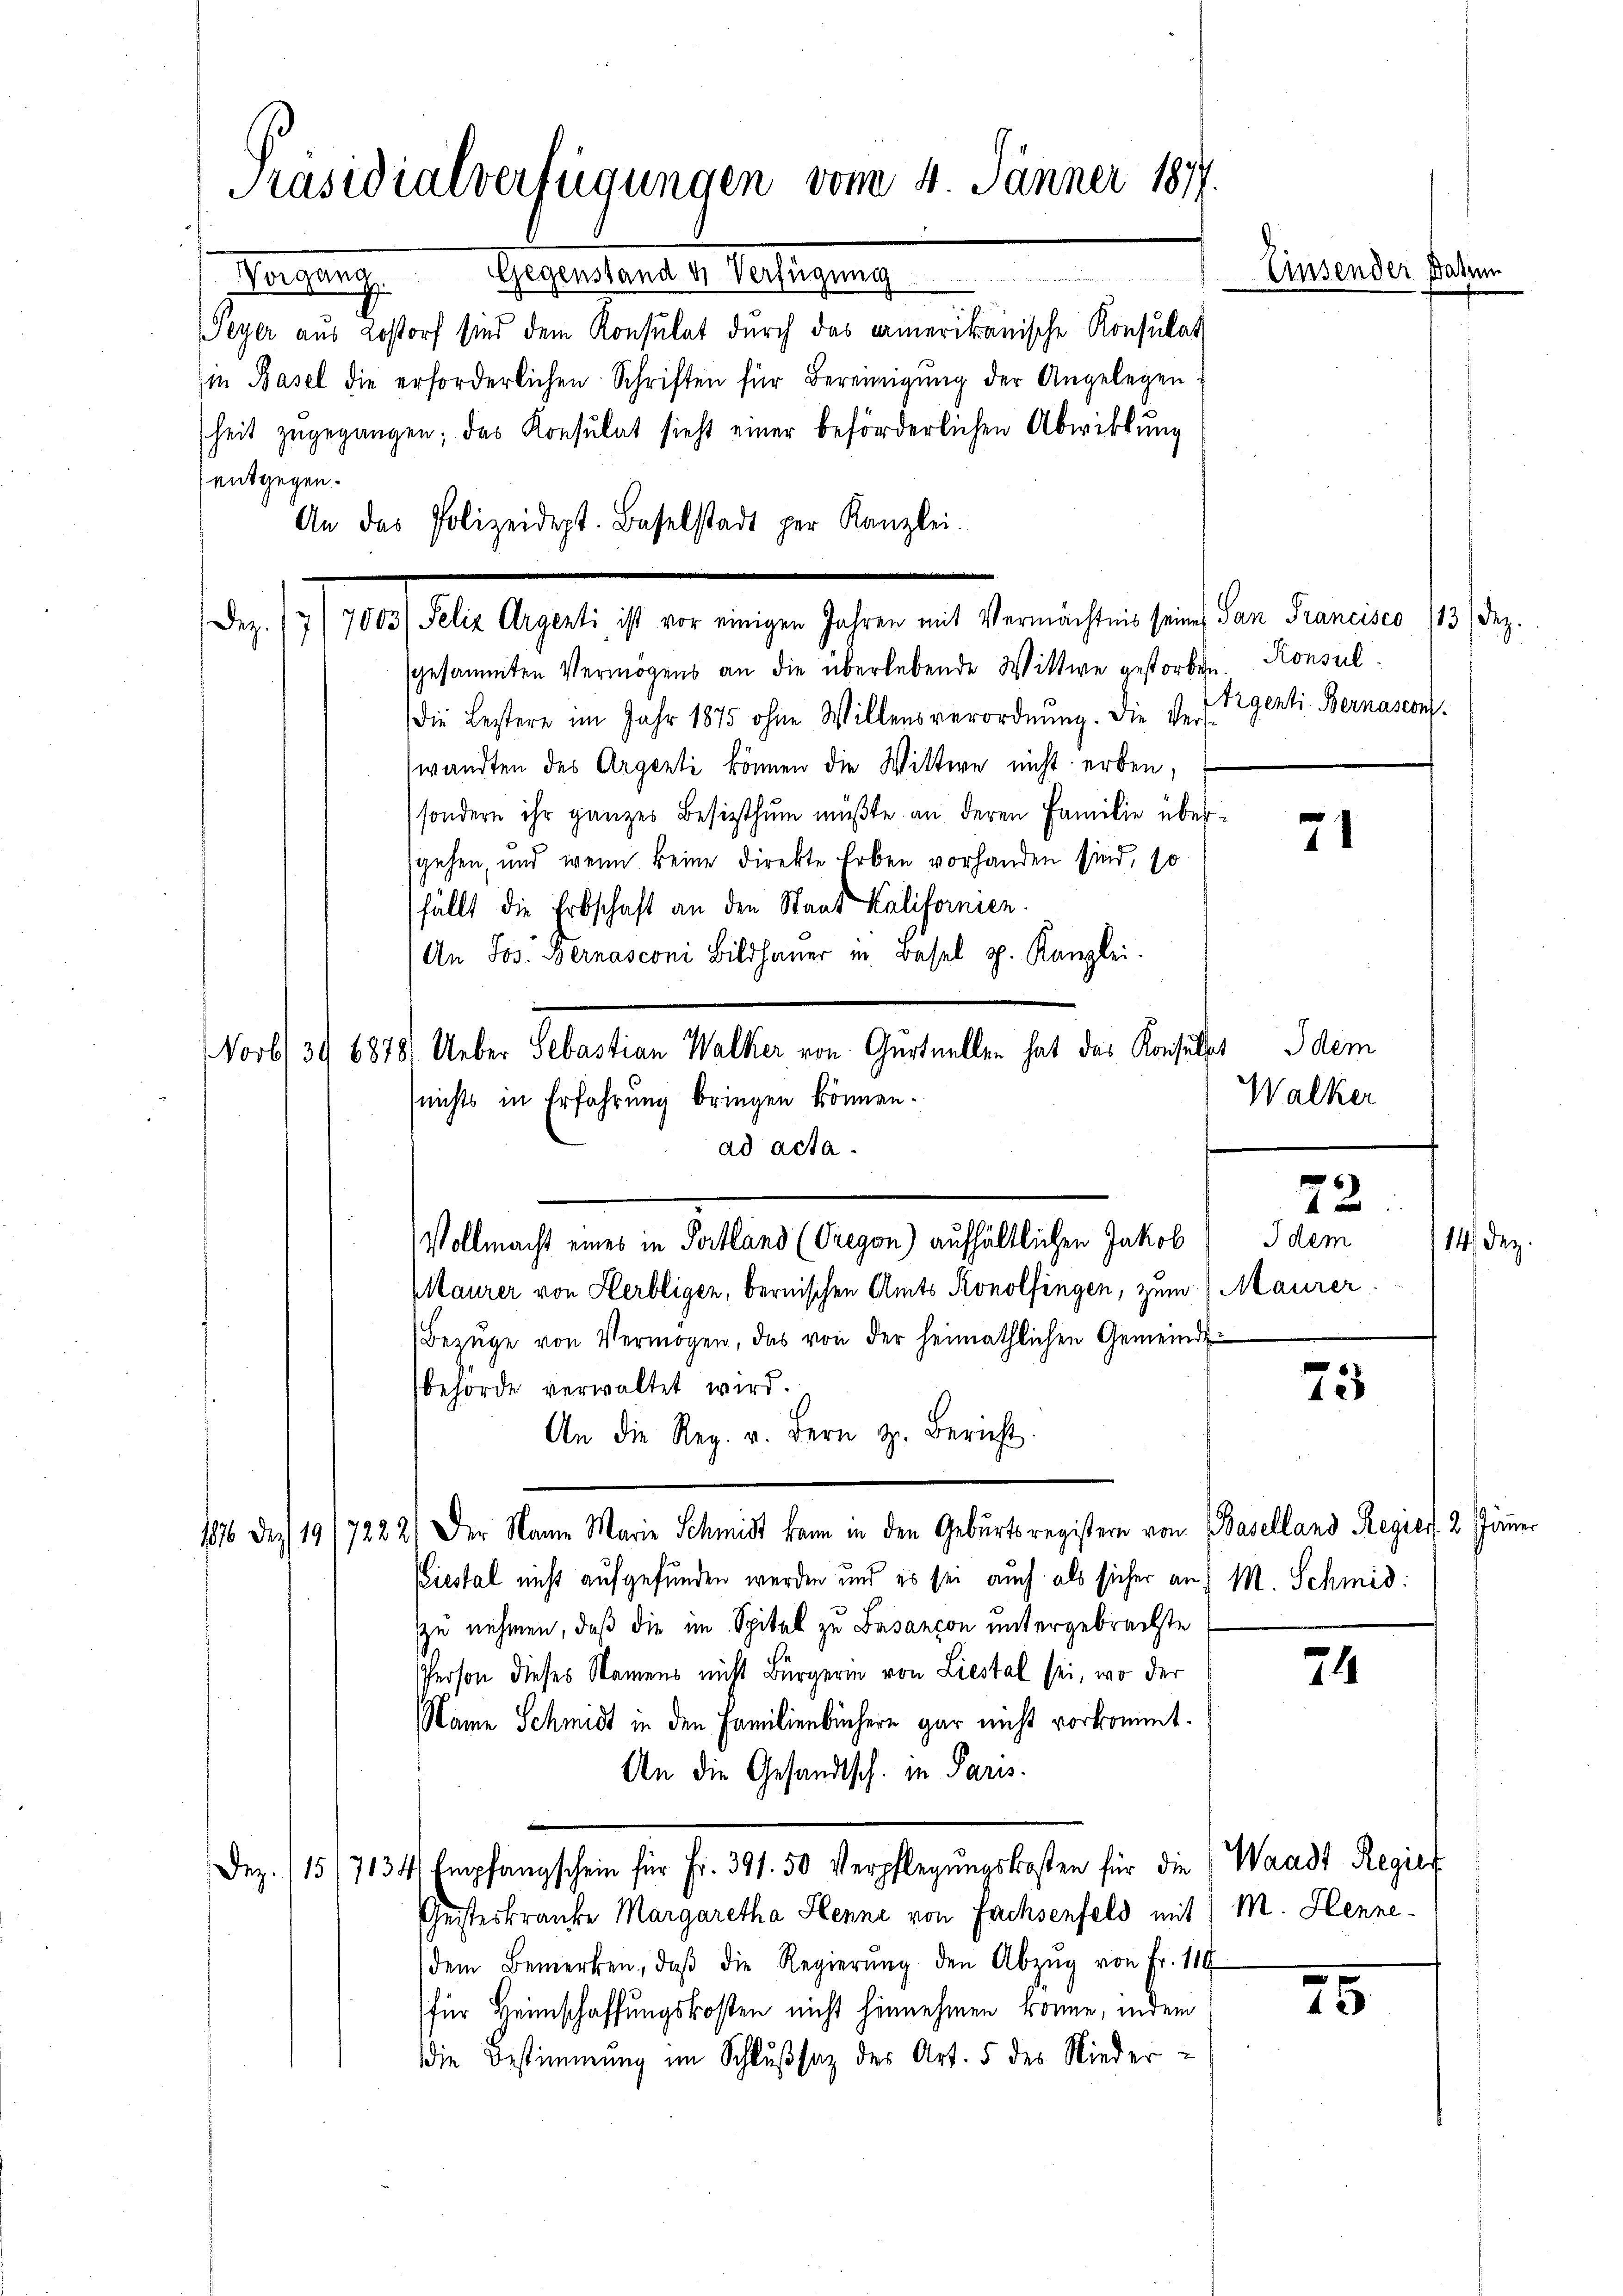
Präsidialverfügungen vom 4. Jänner 1877.
Einsender
Vorgang. Gegenstand u. Verfügung
Peyer aus Lostorf sind dem Konsulat durch das amerikanische Konsulat
in Basel die erforderlichen Schriften für Bereinigŭng der Angelegen:
heit zugegangen; das Konsulat sieht einer beförderlichen Abwirkung
entgegen.

Dez.
sgesammten Vermögens an die überlebende Wittwe gestorben.
die Bestere im Jahr 1875 ohne Willensverordnŭng. Die Verwandten des Argenti können die Wittwe nicht erben,
sondern ihr ganzes Besizthum müßte an deren Familie übersgehen, und wenn keine Direkte Erben vorhanden sind, so
fällt die Erbschaft an den Staat Kalifornien.
An Jos. Bernasconi Bildhaŭer in Basel pp. Kanzlei.
nichts in Erfahrung bringen können.
ad acta.
Vollmacht eines in Portland (Gregon) aufhältlichen Jakob dem
Maurer von Herbligen, bernischen Amts Konolfingen, zum Maurer.
Bezüge von Vermögen, das von der heimathlichen Gemeinde-
behörde verwaltet wird.
75
An die Reg. v. Bern d. Bericht.
1876 des 19/7222) Der Name Marie Schmidt kann in den Geburtsregistern von Baselland Regies. 2. Jänner
Liestal nicht aufgefunden werden und es sei auch als sicher an M. Schmid:
zu nehmen, daß die im Spital zu Basancon untergebrachte
Person dieses Namens nicht Bürgerin von Liestal sei, wo der
74
Name Schmidt in den Familienbüchern gar nicht vorkommt.
An die Gesandtsch. in Paris.
Dez. (15/7134 Empfangschein für Fr. 391. 50 Verpflegŭngskosten für die Waadt Regier
Geisteskranke Margaretha Henne von Fachsenfeld mit M. Henne-
dem Bemerken, daβ die Regierŭng den Abzŭg von Fr. 119
75
für Heimschaffungskosten nicht hinnehmen könne, indem
die Bestimmung im Schlußsatz des Art. 5 des Nieder-

i

An das Polizeidept. Baselstadt per Kanzlei.

Norbs 39 6878/ Ueber Sebastian Walker von Gurtuellen hat das Konsuls dem

da. Ausbezahl er wegen seinen bereichen die er den er selben

Konsul
Argenti- Bernascon

Walker

71

22:

¬